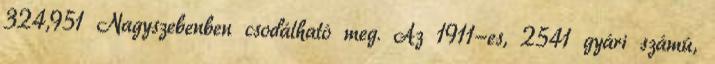
324,951 Nagyszebenben csodálható meg. Az 1911-es, 2541 gyári számú,